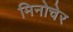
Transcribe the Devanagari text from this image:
मिनोचेर